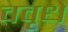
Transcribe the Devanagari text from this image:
ववृधे